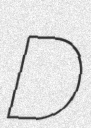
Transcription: D